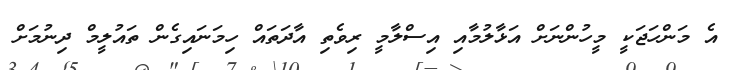
އެ މަންހަޖަކީ މީހުންނަށް އަޅާލުމާއި އިސްލާމީ ރިވެތި އާދަތައް ހިމަނައިގެން ތައުލީމް ދިނުމަށް